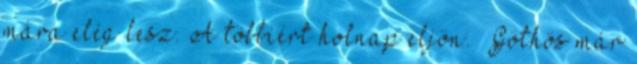
mára elég lesz. A többiért holnap eljön. „Göthös már